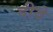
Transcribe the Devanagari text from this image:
दीवे